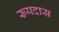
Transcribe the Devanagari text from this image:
रूपदास